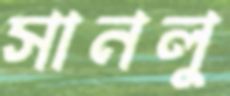
সানলু